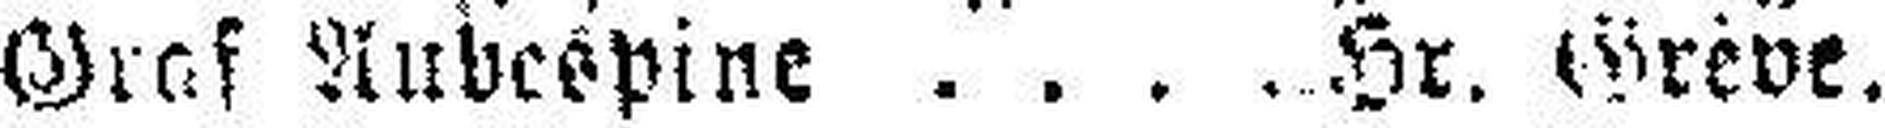
Graf Aubespine Hr. Greve.